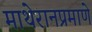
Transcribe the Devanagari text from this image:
माथेरानप्रमाणे